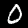
Digit: 0